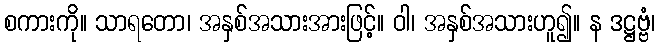
စကားကို။ သာရတော၊ အနှစ်အသားအားဖြင့်။ ဝါ၊ အနှစ်အသားဟူ၍။ န ဒဋ္ဌဗ္ဗံ၊